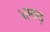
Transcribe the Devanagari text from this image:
५एकड़